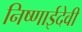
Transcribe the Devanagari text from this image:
निष्णाईदेवी